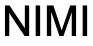
NIMI